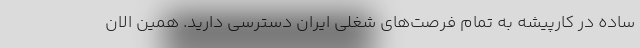
ساده در کارپیشه به تمام فرصت‌های شغلی ایران دسترسی دارید. همین الان